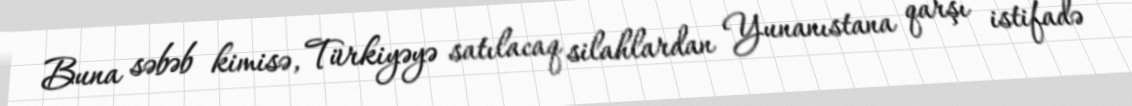
Buna səbəb kimisə, Türkiyəyə satılacaq silahlardan Yunanıstana qarşı istifadə